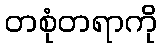
တစုံတရာကို